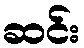
ဆင်း